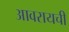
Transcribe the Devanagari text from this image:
आवरायची